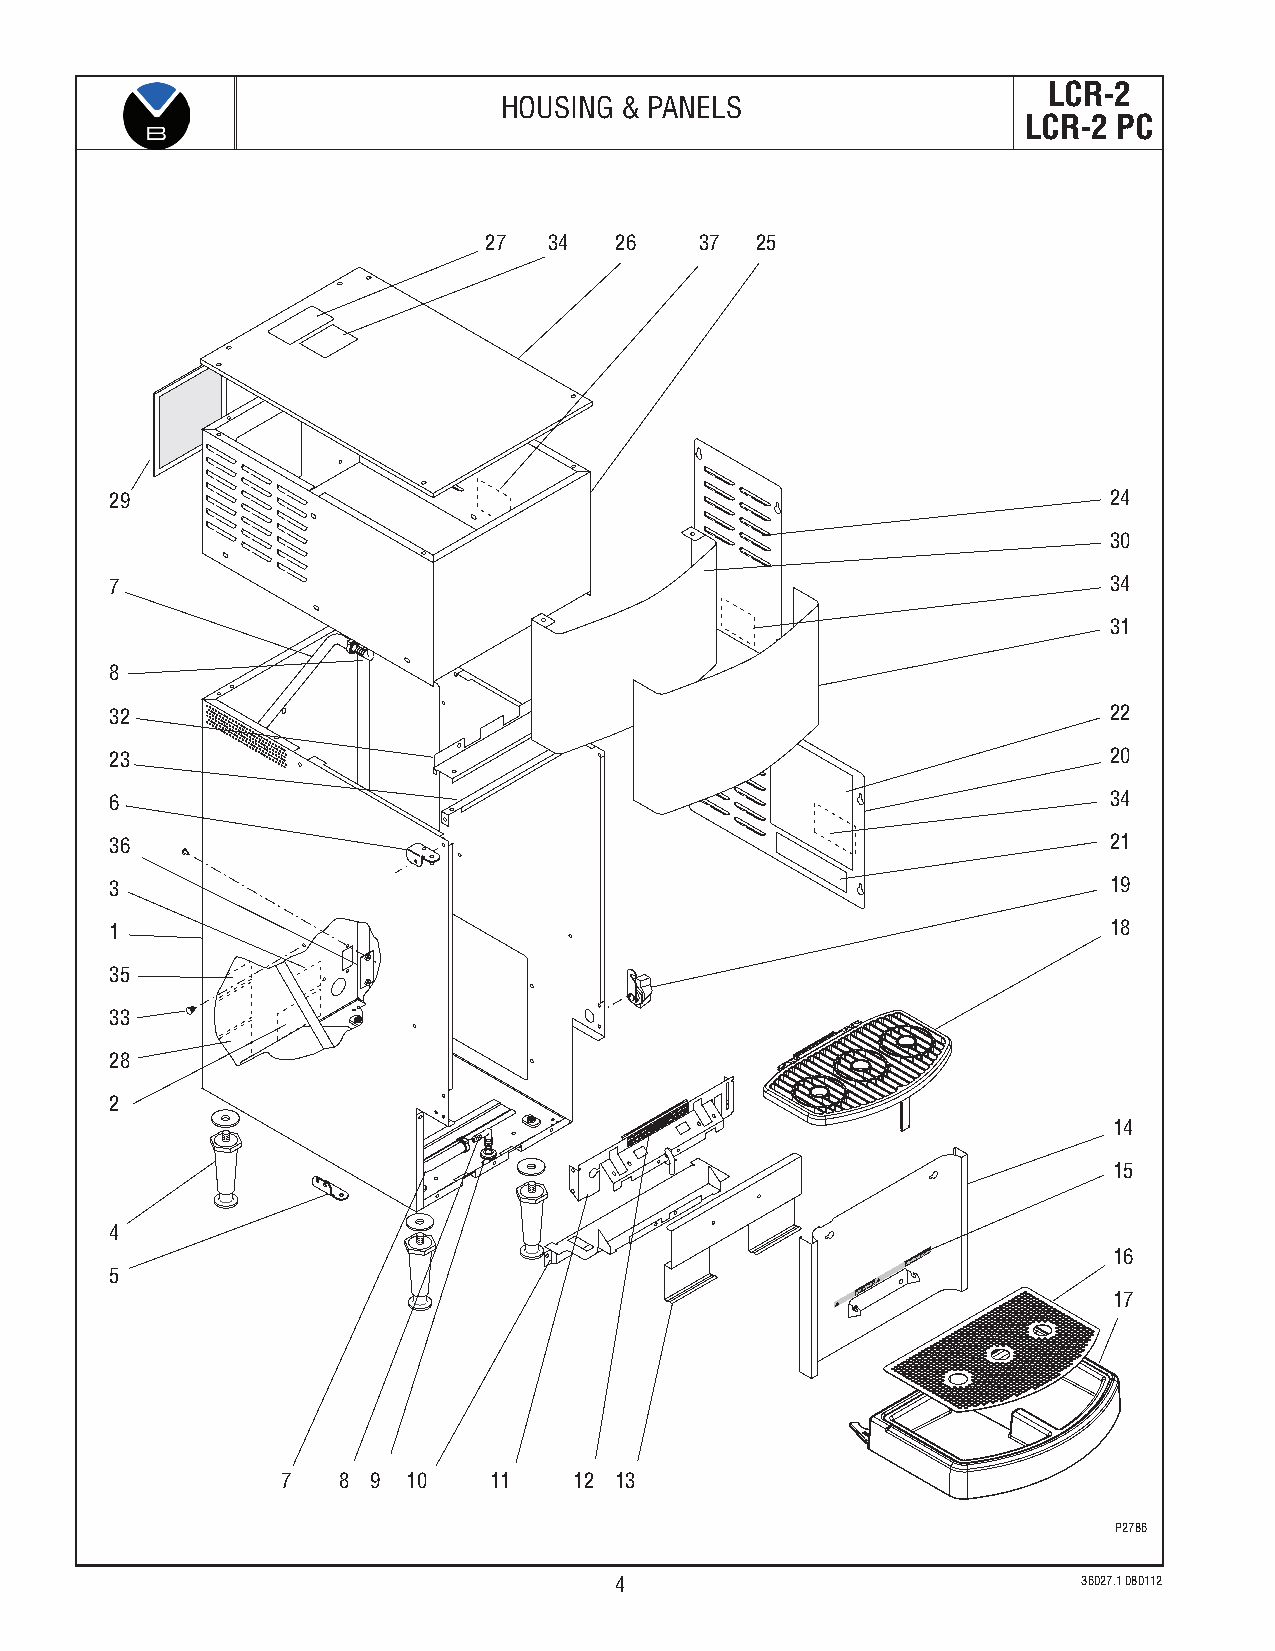
LCR-2
 HOUSING & PANELS
 LCR-2 PC
 27  34   26   37  25
 29                                                                24
 30
 7                                                                 34
 31
 8
 32                                                                22
 23                                                                20
 6                                                                 34
 36                                                                21
 3                                                                 19
 1                                                                 18
 35
 33
 28
 2
 MODERUN - OFF - NIGHT
 14
 RINSE - NORMAL - PRIFMUNECTION
 15
 4
 5
 !
 WARNING HOT
 LIQUIDS!
 AVERTISSEMENT
 LIQUIDES
 CHAUDS       1 16
 7
 7  8 9  10   11    12 13
 P2786
 4                              36027.1 080112